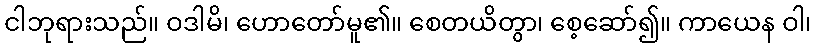
ငါဘုရားသည်။ ဝဒါမိ၊ ဟောတော်မူ၏။ စေတယိတွာ၊ စေ့ဆော်၍။ ကာယေန ဝါ၊